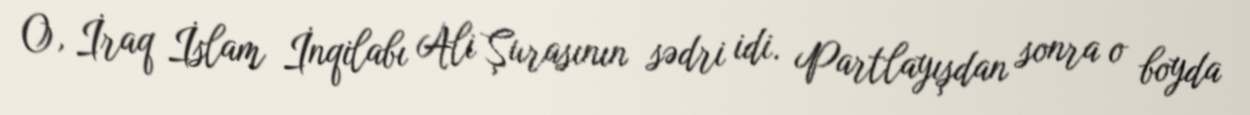
O, İraq İslam İnqilabı Ali Şurasının sədri idi. Partlayışdan sonra o boyda